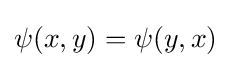
\psi (x,y)=\psi (y,x)